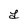
Character: Y